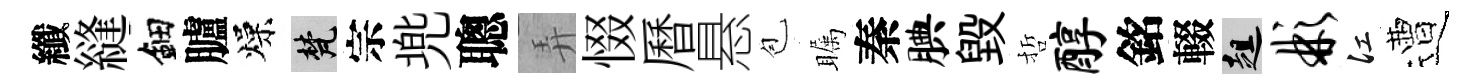
纖縫鈿臚燥梵宗兠聰弄惙曆悬苞瞩秦腆毁哲醇銘輟趄彬江遭